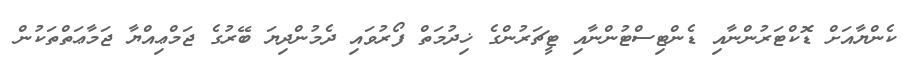
ކެންޔާއަށް ޑޮކްޓަރުންނާއި ޑެންޓިސްޓުންނާއި ޓީޗަރުންގެ ޚިދުމަތް ފޯރުވައި ދެމުންދިޔަ ބޭރުގެ ޖަމްޢިއްޔާ ޖަމާޢަތްތަކުން